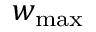
w _ { \mathrm { m a x } }